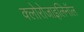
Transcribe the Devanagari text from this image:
क्लोरोजाइलिनॉल